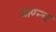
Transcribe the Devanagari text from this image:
जाण्न्च